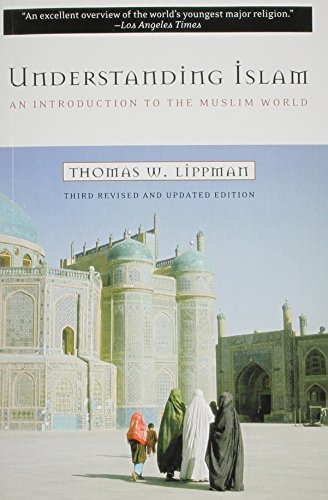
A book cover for Understanding Islam: An Introduction to the Muslim World, Third Edition; Thomas W. Lippman; Religion & Spirituality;